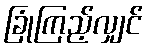
ခြုံကြည့်လျှင်